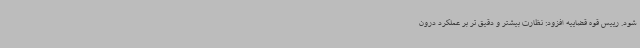
شود. رییس قوه قضاییه افزود: نظارت بیشتر و دقیق تر بر عملکرد درون